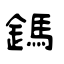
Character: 鎷